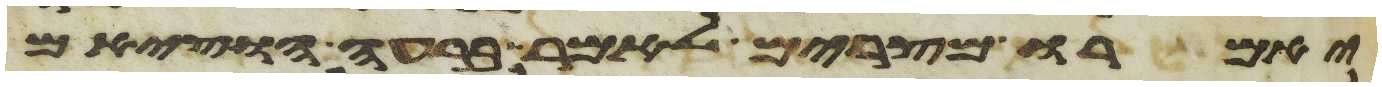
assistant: יאמרו מצרים לאמר ברעה הוציאם